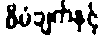
စီမံချက်နှင့်